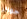
جوائز